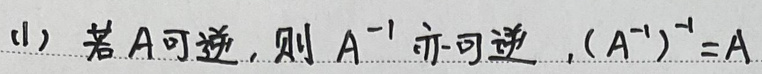
(1) 若\(A\)可逆，则\(A^{-1}\)亦可逆，\((A^{-1})^{-1}=A\)